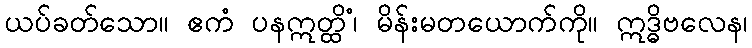
ယပ်ခတ်သော။ ဧကံ ပနဣတ္ထိံ၊ မိန်းမတယောက်ကို။ ဣဒ္ဓိဗလေန၊